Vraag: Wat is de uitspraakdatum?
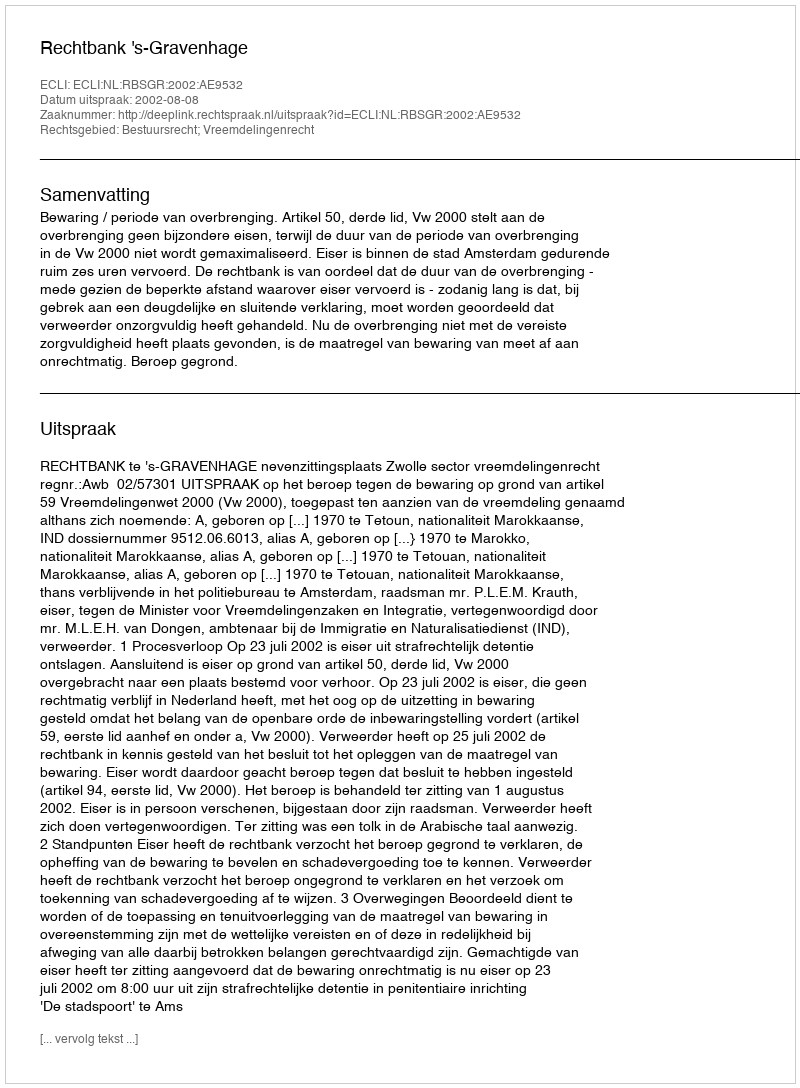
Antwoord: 2002-08-08